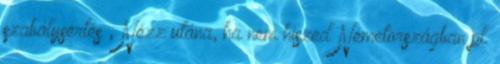
szabálysértés ; Nézz utána, ha nem hiszed Németországban pl.